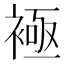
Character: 𧛘